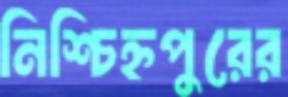
নিশ্চিহ্নপুরের